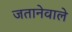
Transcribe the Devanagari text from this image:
जतानेवाले